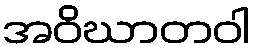
အဝိဃာတဝါ